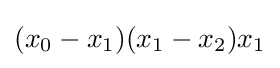
(x_{0}-x_{1})(x_{1}-x_{2})x_{1}